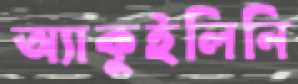
অ্যাকুইলিনি